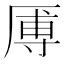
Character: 𪠑